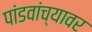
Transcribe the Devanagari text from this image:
पांडवांच्यावर